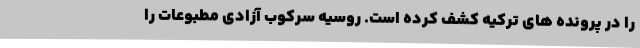
را در پرونده های ترکیه کشف کرده است. روسیه سرکوب آزادی مطبوعات را